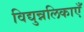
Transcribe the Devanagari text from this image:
विद्युन्नलिकाएँ